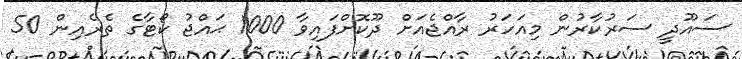
ސައޫދީ ސަރުކާރުން މިއަހަރު ރާއްޖެއަށް ދޫކޮށްފައިވާ 1000 ޙައްޖު ކޯޓާގެ ތެރެއިން 50